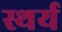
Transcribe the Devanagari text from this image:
स्थर्य